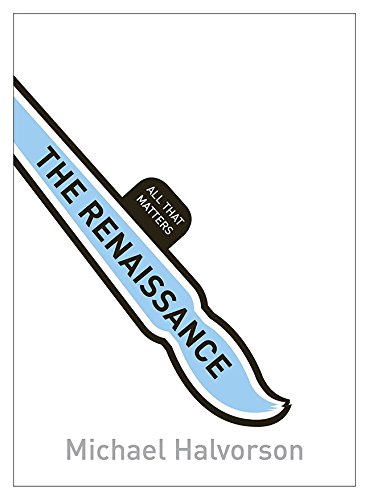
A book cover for The Renaissance: All That Matters (Teach Yourself: History & Politics); Michael Halvorson; Politics & Social Sciences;